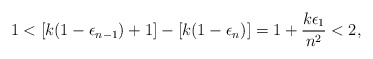
\begin{align*}1<[k(1-\epsilon_{n-1})+1]-[k(1-\epsilon_n) ]=1+\frac{k \epsilon_1}{n^2}<2,\end{align*}